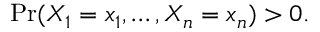
\operatorname* { P r } ( X _ { 1 } = x _ { 1 } , \ldots , X _ { n } = x _ { n } ) > 0 .